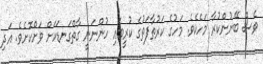
ވެސް ބޭނުންކުރާ މަހެކެވެ. މަހުގެ ކަރުތާފަތުގެ ކުރީބައި ހުންނަނީ ގާތްގަނޑަކަށް ވަށްކޮށެވެ. އަދި